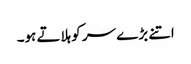
اتنے بڑ ے سر کو ہلاتے ہو۔